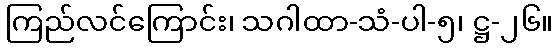
ကြည်လင်ကြောင်း၊ သဂါထာ-သံ-ပါ-၅၊ ဋ္ဌ-၂၆။